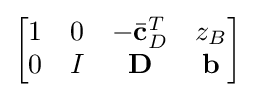
{\begin{bmatrix}1&0&-{\bar {\mathbf {c} }}_{D}^{T}&z_{B}\\0&I&\mathbf {D} &\mathbf {b} \end{bmatrix}}